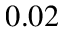
0 . 0 2